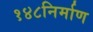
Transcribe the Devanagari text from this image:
१४८निर्माण